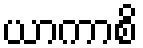
ယာကာစိ